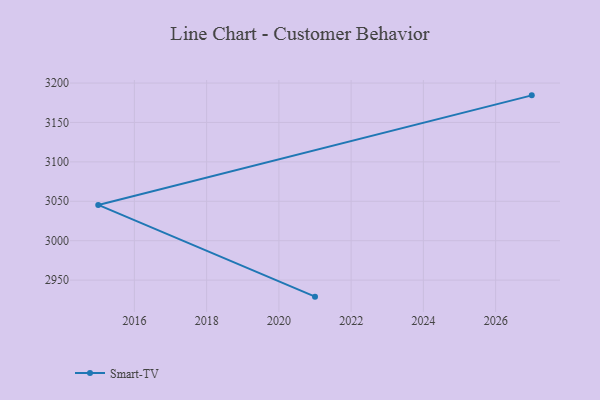
{"axis": {"x": "Year", "y": "Budget (USD K)"}, "legend": ["Smart-TV"], "data": [{"x": "2027", "y": 3184.4, "type": "Smart-TV"}, {"x": "2015", "y": 3045.4, "type": "Smart-TV"}, {"x": "2021", "y": 2929.0, "type": "Smart-TV"}]}